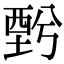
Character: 𧟯